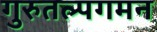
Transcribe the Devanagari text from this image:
गुरुतल्पगमन